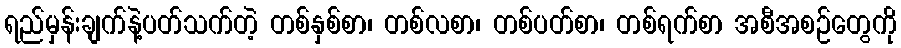
ရည်မှန်းချက်နဲ့ပတ်သက်တဲ့ တစ်နှစ်စာ၊ တစ်လစာ၊ တစ်ပတ်စာ၊ တစ်ရက်စာ အစီအစဉ်တွေကို